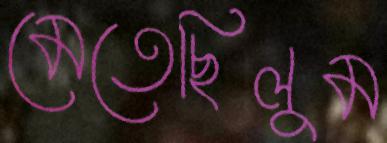
মেতেছিলুম